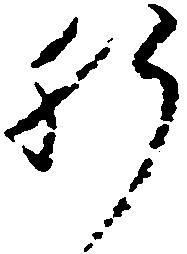
肝